Note on the mental hospitals in Burma - 1925-1940
Year: 1925
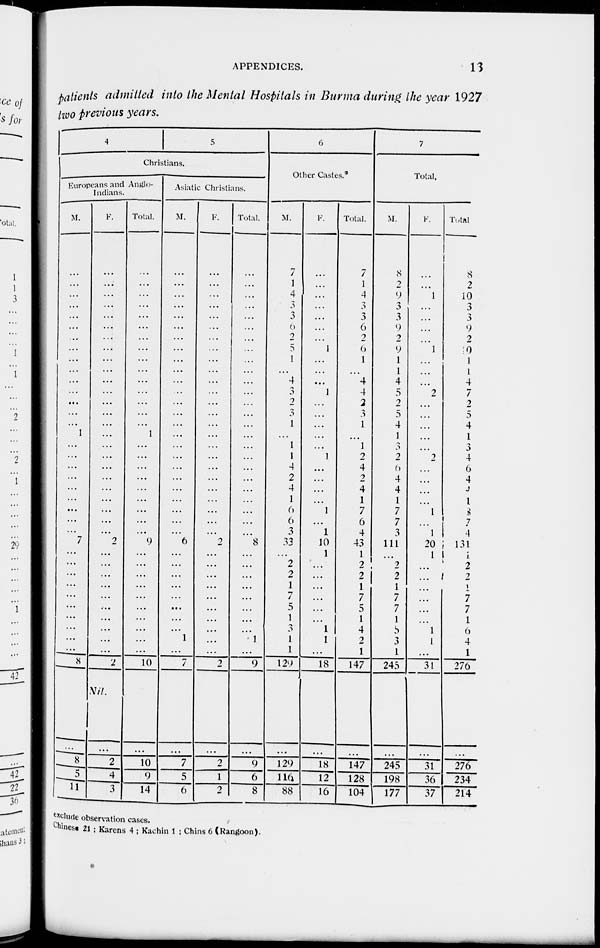
APPENDICES.
13
patients admitted into the Mental Hospitals in Burma during the year 1927
two previous years.
4
5
Christians.
Europeans and Anglo-
Indians.
M.
...
...
...
...
...
...
...
...
...
...
...
...
...
...
...
1
...
...
...
...
...
...
...
...
...
7
...
...
...
...
...
...
...
...
...
...
8
...
8
5
11
F.
...
...
...
...
...
...
...
...
...
...
...
...
...
...
...
...
...
...
...
...
...
...
...
...
...
2
...
...
...
...
...
...
...
...
...
...
2
Nil.
...
2
4
3
Total.
...
...
...
...
...
...
...
...
...
...
...
...
...
...
...
1
...
...
...
...
...
...
...
...
...
9
...
...
...
...
...
...
...
...
...
...
10
...
10
9
14
Asiatic Christians.
M.
...
...
...
...
...
...
...
...
...
...
...
...
...
...
...
...
...
...
...
...
...
...
...
...
...
6
...
...
...
...
...
...
...
...
1
...
7
...
7
5
6
F.
...
...
...
...
...
...
...
...
...
...
...
...
...
...
...
...
...
...
...
...
...
...
...
...
...
2
...
...
...
...
...
...
...
...
...
...
2
2
1
2
Total.
...
...
...
...
...
...
...
...
...
...
...
...
...
...
...
...
...
...
...
...
...
...
...
...
8
...
...
...
...
...
...
...
...
1
...
9
9
6
8
6
Other Castes.*
M.
7
1
4
3
3
6
2
5
1
...
4
3
2
3
1
...
1
1
4
2
4
1
6
6
3
33
...
2
2
1
7
5
1
3
1
1
129
...
129
116
88
F.
...
...
...
...
...
...
...
1
...
...
...
1
...
...
...
...
...
1
...
...
...
...
1
...
1
10
1
...
...
...
...
...
...
1
1
...
18
...
18
12
16
Total.
7
1
4
3
3
6
2
6
1
...
4
4
2
3
1
...
1
2
4
2
4
1
7
6
4
43
1
2
2
1
7
5
1
4
2
1
147
...
147
128
104
7
Total.
M.
8
2
9
3
3
9
2
9
1
1
4
5
2
5
4
1
3
2
6
4
4
1
7
7
3
111
...
2
2
1
7
7
1
5
3
1
245
...
245
198
177
F.
...
...
1
...
...
...
...
1
...
...
...
2
...
...
...
...
...
2
...
...
...
...
1
...
1
20
1
...
...
...
...
...
...
1
1
...
31
...
31
36
37
Total
8
2
10
3
3
9
2
0
1
1
4
7
2
5
4
1
3
4
6
4
4
1
8
7
4
131
1
2
2
1
7
7
1
6
4
1
276
...
276
234
214
exclude observation cases.
Chinese 21 ; Karens 4 ; Kachin 1 ; Chins 6 (Rangoon).